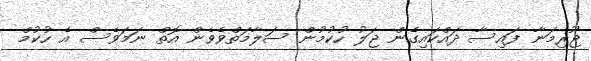
ޖޫރިމަނާ ފައިސާ ދައްކައިގެން ޖަލު ހުކުމުން ސަލާމަތްވެވެން އޮތް ނަމަވެސް އެ ހުކުމް